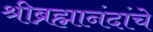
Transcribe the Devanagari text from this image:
श्रीब्रह्मानंदांचे